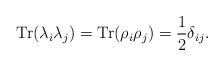
LaTeX: \begin{align*}\mbox{Tr}(\lambda_i \lambda_j) = \mbox{Tr}(\rho_i \rho_j) = \frac12\delta_{ij}.\end{align*}